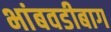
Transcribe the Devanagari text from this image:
भांबवडीबाग